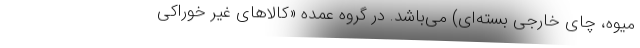
میوه، چای خارجی بسته‌ای) می‌باشد. در گروه عمده «کالاهای غیر خوراکی